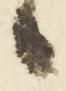
候